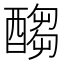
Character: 𲆶